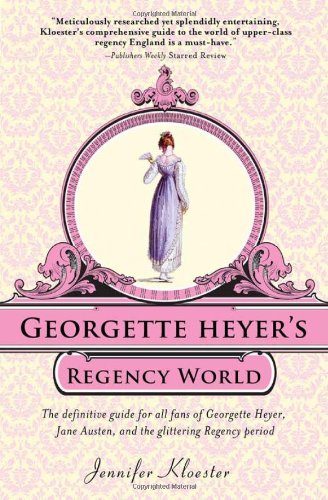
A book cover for Georgette Heyer's Regency World; Jennifer Kloester; Literature & Fiction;